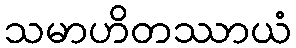
သမာဟိတဿာယံ